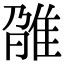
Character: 𨾫